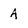
Character: A